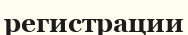
регистрации